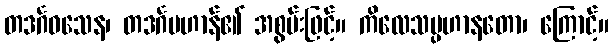
တဒင်္ဂဝသေန၊ တဒင်္ဂပဟာန်၏ အစွမ်းဖြင့်။ ကိလေသပ္ပဟာနတော၊ ကြောင့်။